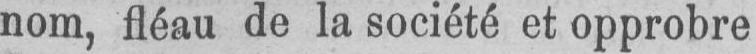
nom, fléau de la société et opprobre